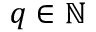
q \in \mathbb { N }